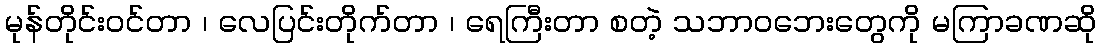
မုန်တိုင်းဝင်တာ ၊ လေပြင်းတိုက်တာ ၊ ရေကြီးတာ စတဲ့ သဘာဝဘေးတွေကို မကြာခဏဆို